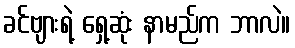
ခင်ဗျားရဲ့ ရှေ့ဆုံး နာမည်က ဘာလဲ။